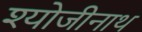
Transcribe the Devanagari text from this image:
श्योजीनाथ